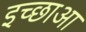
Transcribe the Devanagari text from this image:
इच्छाआ